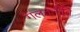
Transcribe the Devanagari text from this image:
गलतनीति